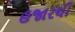
હજારથી